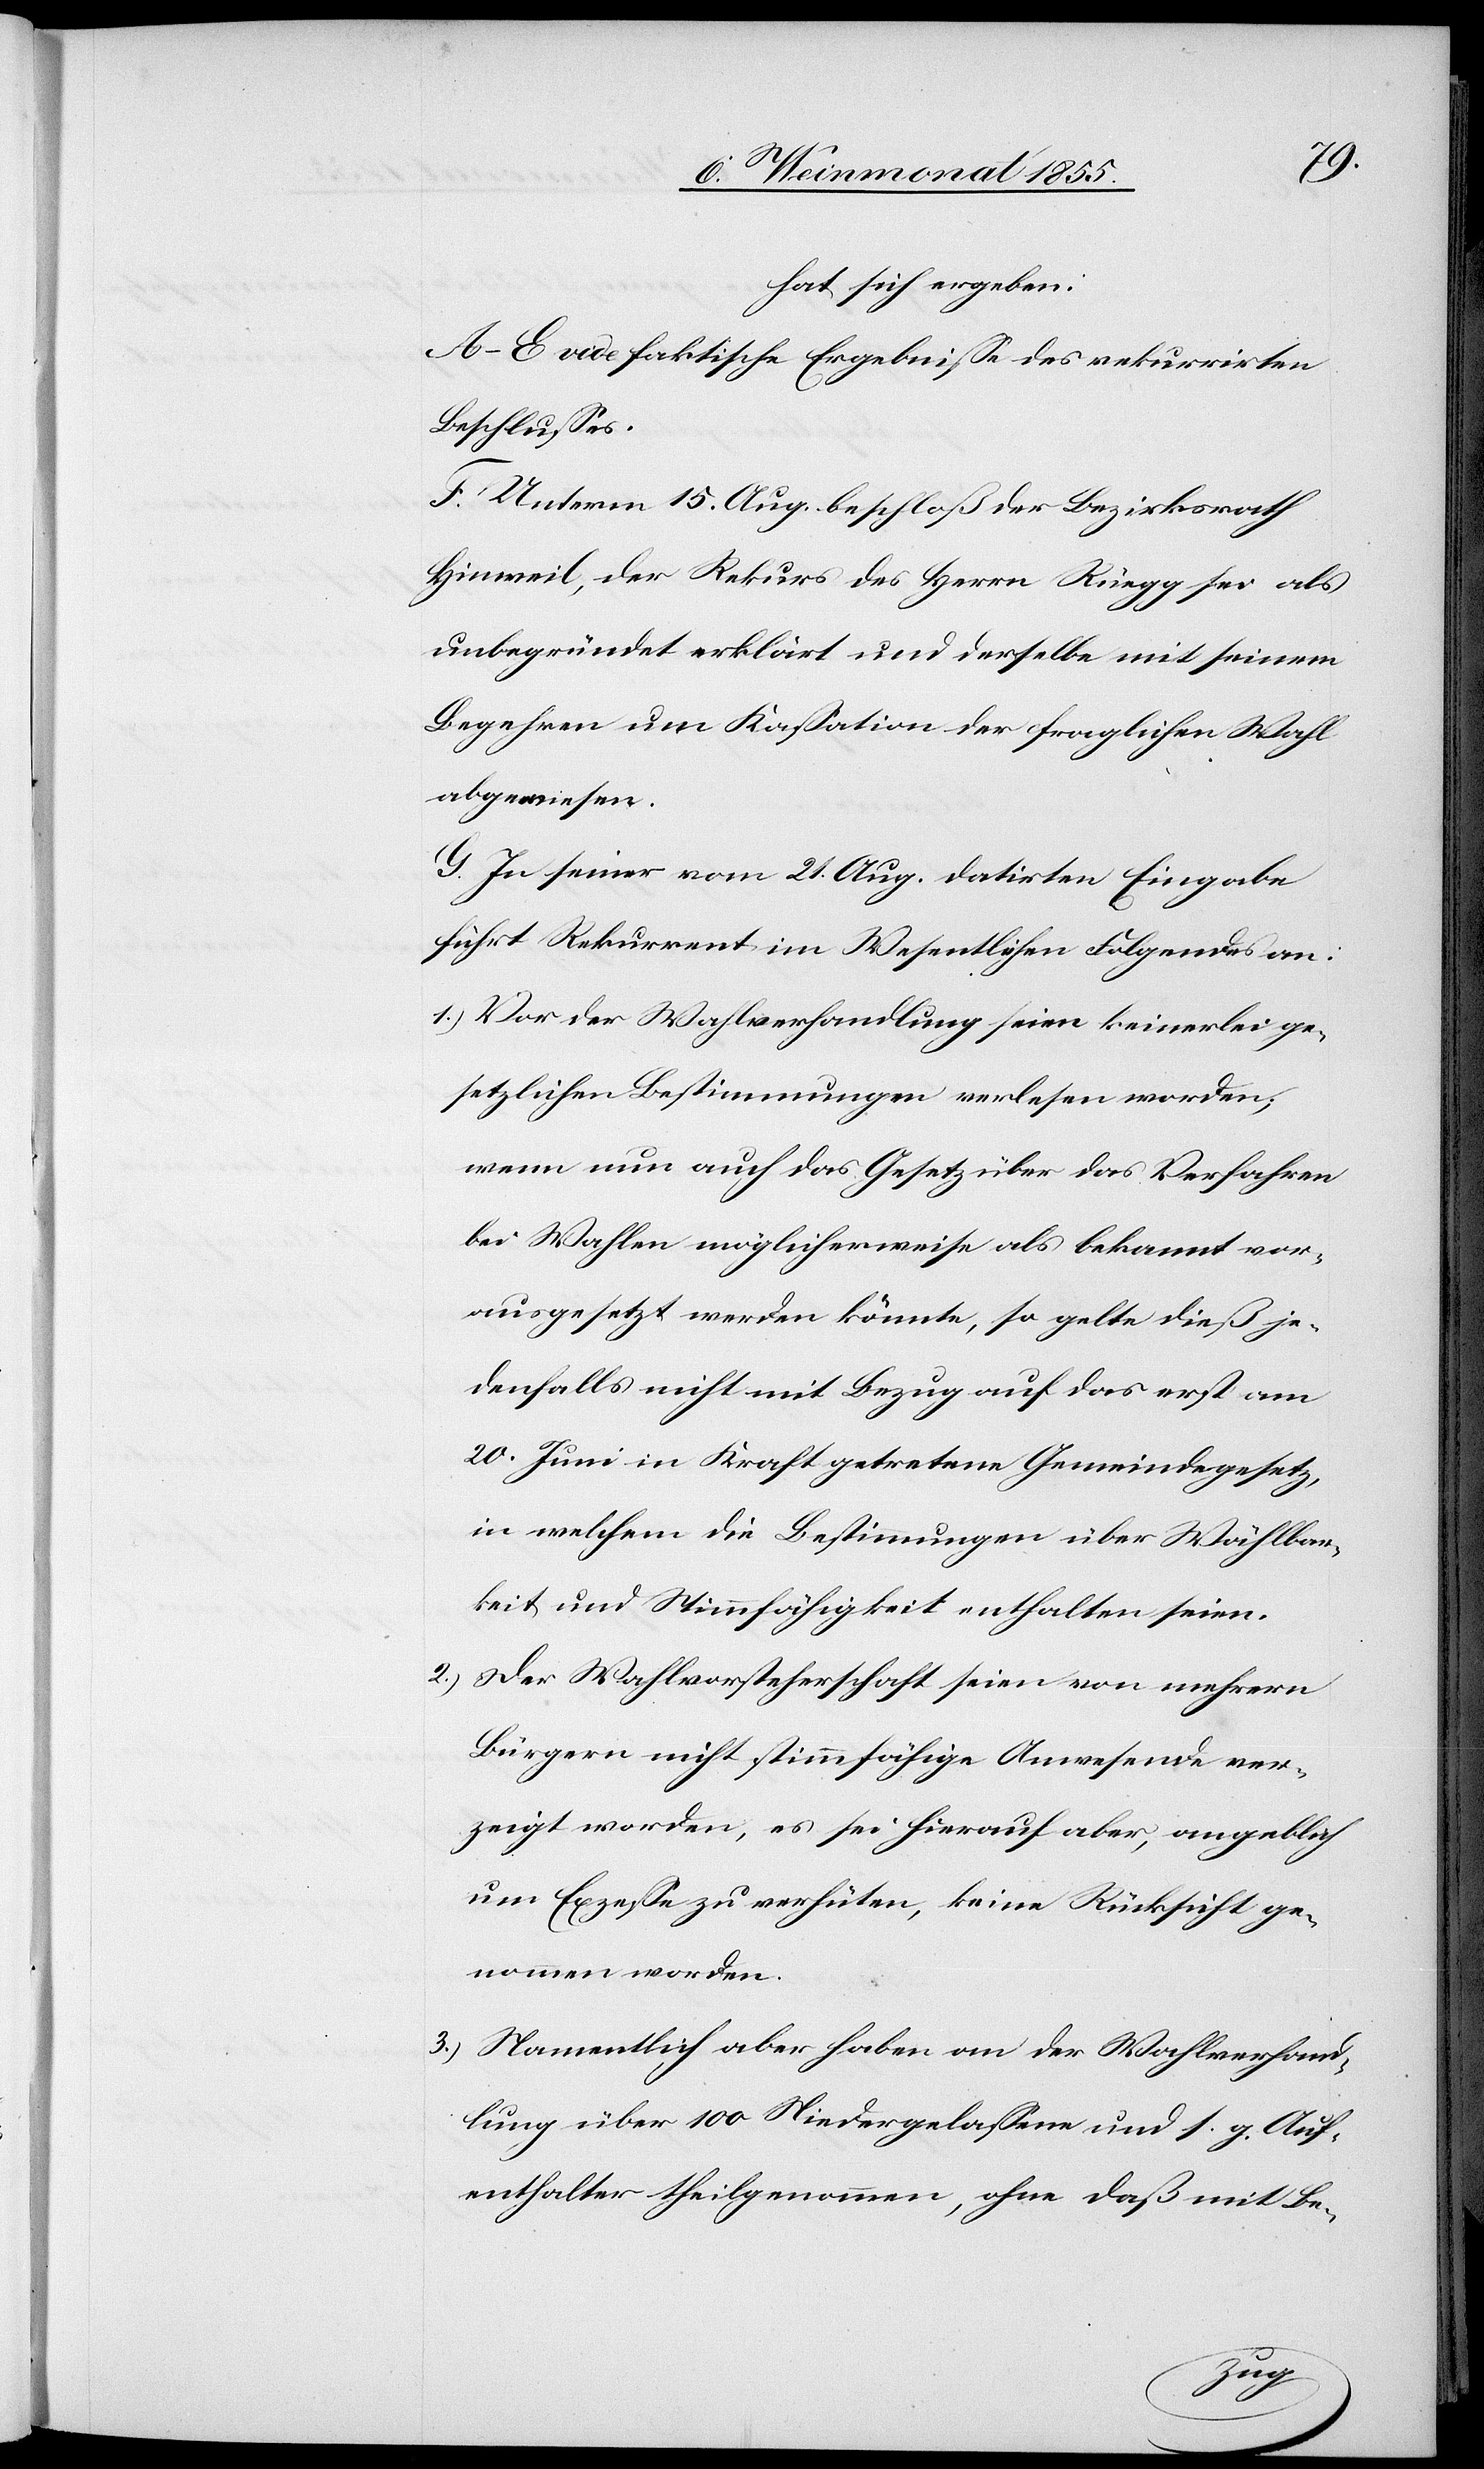
hat sich ergeben:
A–E vide faktische Ergebnisse des rekurrirten
Beschlusses.
F. Unterm 15. Aug. beschloß der Bezirksrath
Hinweil, der Rekurs des Herrn Rüegg sei als
unbegründet erklärt und derselbe mit seinem
Begehren um Kassation der fraglichen Wahl
abgewiesen.
G. In seiner vom 21. Aug. datirten Eingabe
2.)
führt Rekurrent im Wesentlichen Folgendes an:
Vor der Wahlverhandlung seien keinerlei ge¬
setzlichen Bestimmungen verlesen worden;
wenn nun auch das Gesetz über das Verfahren
bei Wahlen möglicherweise als bekannt vor¬
ausgesetzt werden könnte, so gelte dieß je¬
denfalls nicht mit Bezug auf das erst am
20. Juni in Kraft getretene Gemeindegesetz,
in welchem die Bestimmungen über Wählbar¬
keit und Stimmfähigkeit enthalten seien.
Der Wahlvorsteherschaft seien von mehrern
Bürgern nicht stimmfähige Anwesende ver¬
zeigt worden, es sei hierauf aber, angeblich
um Exzesse zu verhüten, keine Rücksicht ge¬
nommen worden.
Namentlich aber haben an der Wahlverhand¬
lung über 100 Niedergelassene und s. g. Auf¬
enthalter theilgenommen, ohne daß mit Be-